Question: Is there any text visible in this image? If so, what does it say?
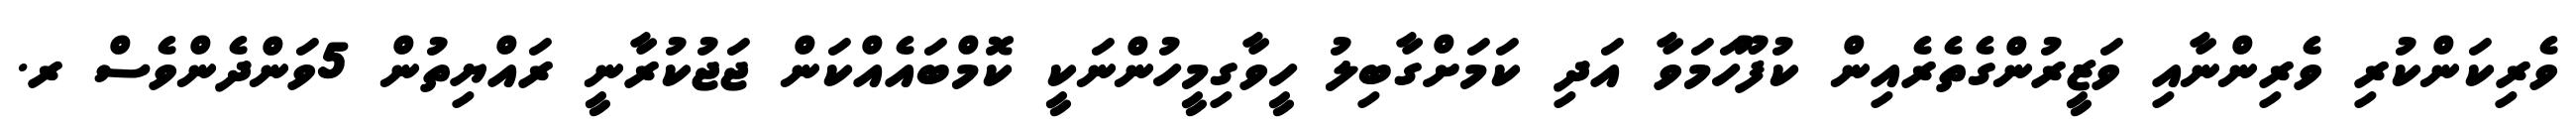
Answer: ވެރިކަންކުރި ވެރިންނާއި ވަޒީރުންގެތެރެއިން ކުފޫހަމަވާ އަދި ކަމަށްގާބިލު ހީވާގިމީހުންނަކީ ކޮމްބައެއްކަން ޖަޖުކުރާނީ ރައްޔިތުން 5ވަންދެންވެސް ރ.